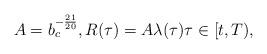
LaTeX: \begin{align*}A=b_c^{-\frac{21}{20}}, R(\tau)=A\lambda(\tau) \tau\in[t,T),\end{align*}